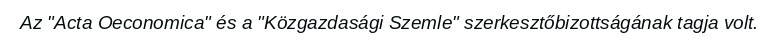
Az "Acta Oeconomica" és a "Közgazdasági Szemle" szerkesztőbizottságának tagja volt.